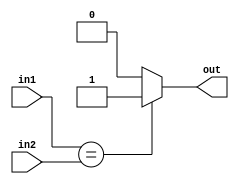
/*
 * Copyright (c) 2006, Peter M. Chen.  All rights reserved.  This software is
 * supplied as is without expressed or implied warranties of any kind.
 */
module equal(
    input wire [31:0] in1,
    input wire [31:0] in2,
    output reg out);

    always @* begin
        if (in1 == in2) begin
            out = 1'b1;
        end else begin
            out = 1'b0;
        end
    end

endmodule